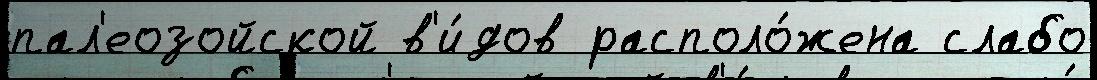
пал'еозойской в'и́дов располо́жена слабо